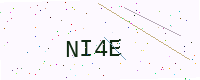
Text: NI4E